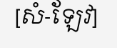
[សំ-ឡែវ]